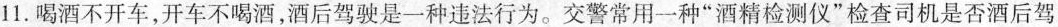
11. 喝酒不开车，开车不喝酒，酒后驾驶是一种违法行为。交警常用一种 ” 酒精检测仪 ” 检查司机是否酒后驾